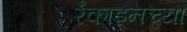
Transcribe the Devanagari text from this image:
रँकाइनच्या